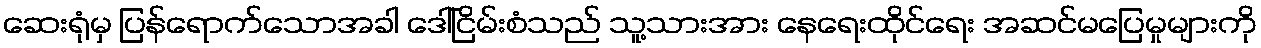
ဆေးရုံမှ ပြန်ရောက်သောအခါ ဒေါ်ငြိမ်းစံသည် သူ့သားအား နေရေးထိုင်ရေး အဆင်မပြေမှုများကို